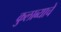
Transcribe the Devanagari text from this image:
कुलाब्याचे